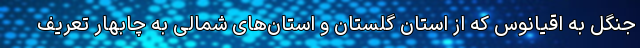
جنگل به اقیانوس که از استان گلستان و استان‌های شمالی به چابهار تعریف